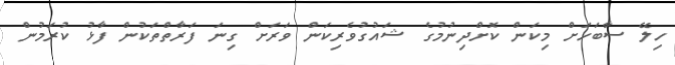
ހިލޭ ސާބަހަށް މިކަން ކޮށްދިނުމުގެ ޝައުގުވެރިކަން ވަރަށް ގިނަ ފަރާތްތަކުން ފާޅު ކުރަމުން